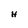
Character: H